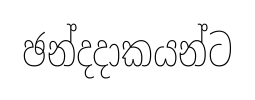
ඡන්දදාකයන්ට